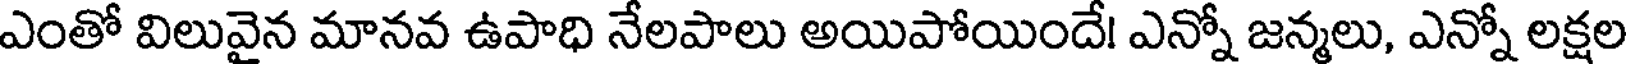
ఎంతో విలువైన మానవ ఉపాధి నేలపాలు అయిపోయిందే! ఎన్నో జన్మలు, ఎన్నో లక్షల